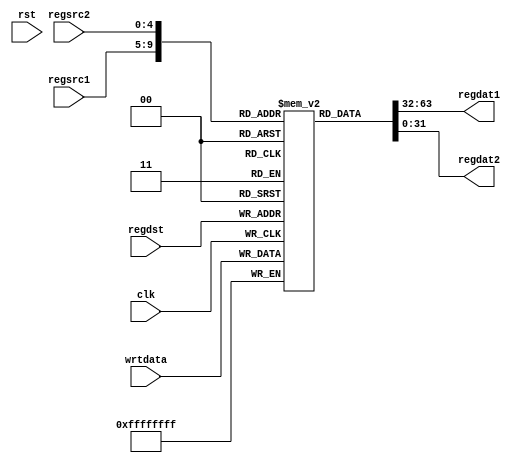
`timescale 1ns / 1ps

module datapath(
    input [4:0] regsrc1,
    input [4:0] regsrc2,
    input [4:0] regdst,
    input [31:0] wrtdata,
    input clk,
    input rst,
    output [31:0] regdat1,
    output [31:0] regdat2
    );
    
    reg [31:0] regmem [31:0];
    
    assign regdat1 = regmem[regsrc1];
    assign regdat2 = regmem[regsrc2];
    
    always @(posedge clk) begin
        regmem[regdst] = wrtdata;
    end

endmodule